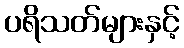
ပရိသတ်များနှင့်